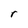
Character: r